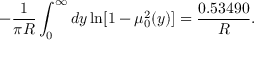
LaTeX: - \frac { 1 } { \pi R } \int _ { 0 } ^ { \infty } d y \ln [ 1 - \mu _ { 0 } ^ { 2 } ( y ) ] = \frac { 0 . 5 3 4 9 0 } { R } { . }